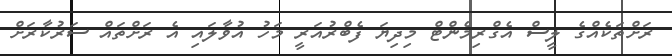
ރަށްތަކެއްގެ ލީސް އެގްރިމެންޓް މިދިޔަ ފެބްރުއަރީ މަހު އުވާލައި އެ ރަށްތައް ސަރުކާރަށް